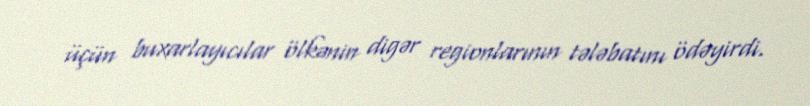
üçün buxarlayıcılar ölkənin digər regionlarının tələbatını ödəyirdi.